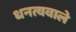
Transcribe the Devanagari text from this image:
धनत्ववाले